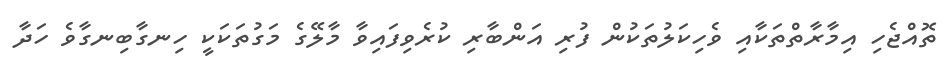
ތޮއްޖެހި އިމާރާތްތަކާއި ވެހިކަލުތަކުން ފުރި އަންބާރި ކުރެވިފައިވާ މާލޭގެ މަގުތަކަކީ ހިނގާބިނގާވެ ހަދާ